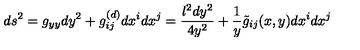
d s ^ { 2 } = g _ { y y } d y ^ { 2 } + g _ { i j } ^ { ( d ) } d x ^ { i } d x ^ { j } = { \frac { l ^ { 2 } d y ^ { 2 } } { 4 y ^ { 2 } } } + { \frac { 1 } { y } } \tilde { g } _ { i j } ( x , y ) d x ^ { i } d x ^ { j } \,